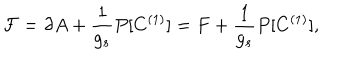
{ \cal F } = \partial A + \frac { 1 } { g _ { s } } P [ C ^ { ( 1 ) } ] = F + \frac { 1 } { g _ { s } } P [ C ^ { ( 1 ) } ] ,